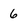
Character: 6